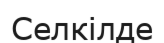
Селкілде